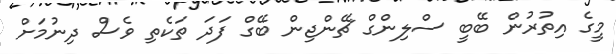
މީގެ އިތުރުން ބޭބީ ސްލިންގް ޗޭންޖިން ބޭގް ފަދަ ތަކެތި ވެސް ދިނުމަށް